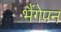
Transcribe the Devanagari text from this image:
भैंगेपन